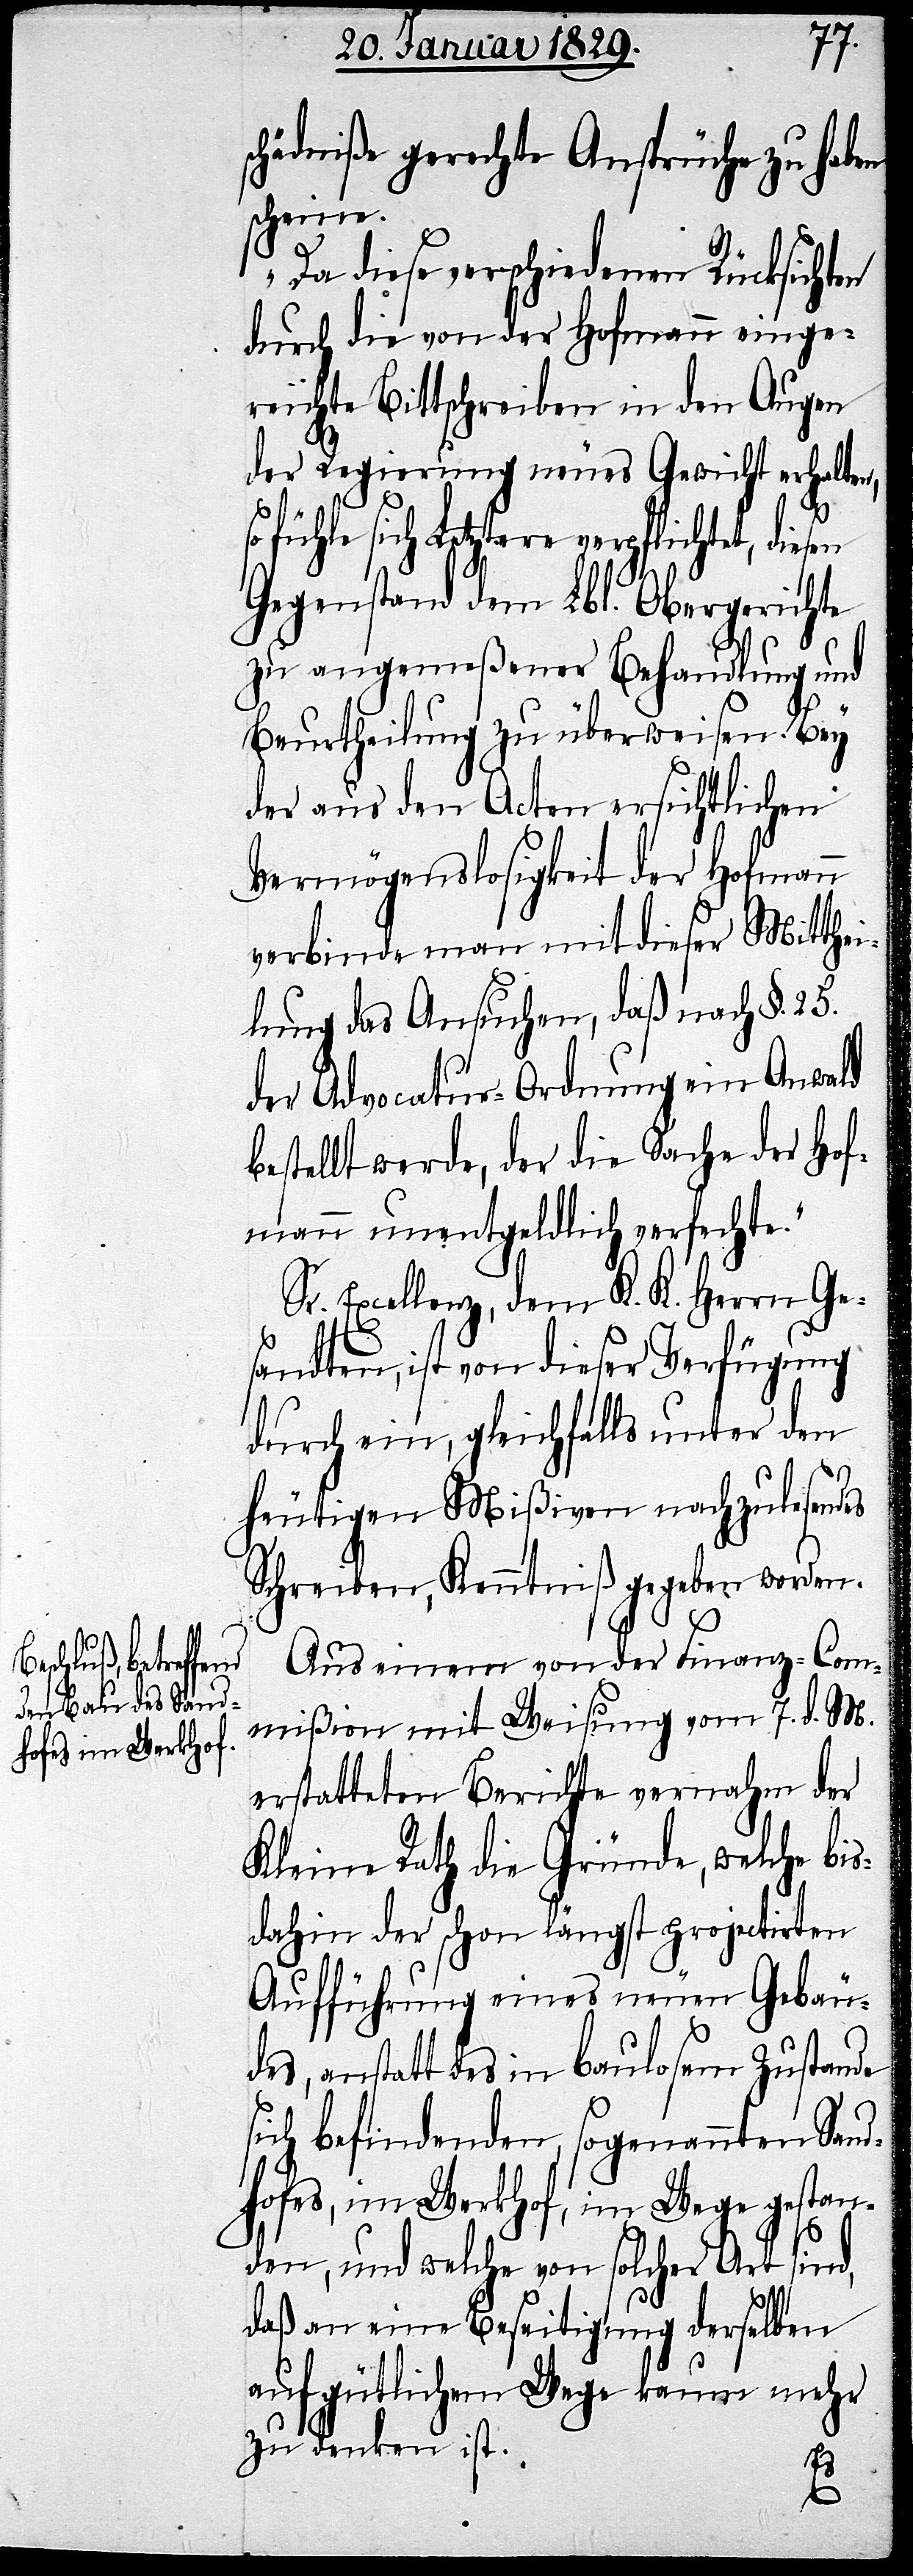
schädniße gerechte Ansprüche zu haben
scheine.
Da diese verschiedenen Rücksichten
durch die von der Hofmann einge¬
reichte Bittschreiben in den Augen
der Regierung neues Gewicht erhalten,
fühle sich Letztere verpflichtet, diesen
Gegenstand dem Lbl. Obergerichte
zu angemeßener Behandlung und
Beurtheilung zu überweisen. Bey
der aus den Acten ersichtlichen
Vermögenslosigkeit der Hofmann
verbinde man mit dieser Mitthei¬
lung das Ansuchen, daß nach §. 25.
der Advocatur-Ordnung ein Anwald
bestellt werde, der die Sache der Hof¬
mann unentgeldlich verfechte.“
Sr. Excellenz, dem K. K. Herrn Ge¬
sandten, ist von dieser Verfügung
durch ein, gleichfalls unter den
heutigen Mißiven nachzulesendes
Schreiben, Kenntniß gegeben worden.
Aus einem von der Finanz-Com¬
mißion mit Weisung vom 7. d. M.
erstatteten Berichte vernahm der
Kleine Rath die Gründe, welche bis¬
dahin der schon längst projectirten
Aufführung eines neuen Gebäu¬
des, anstatt des in baulosem Zustande
sich befindenden, sogenannten Sand¬
hofes, im Werkhof, im Wege gestan¬
den, und welche von solcher Art sind,
daß an eine Beseitigung derselben
auf gütlichem Wege kaum mehr
zu denken ist.